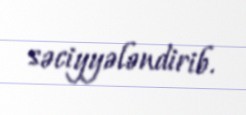
səciyyələndirib.